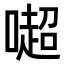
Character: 𠾸